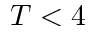
T < 4